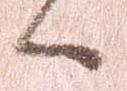
候